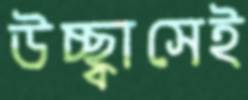
উচ্ছ্বাসেই